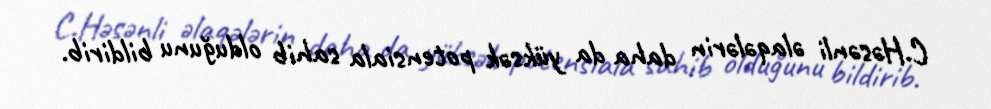
C.Həsənli əlaqələrin daha da yüksək potensiala sahib olduğunu bildirib.